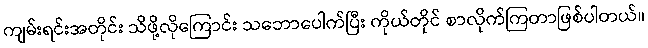
ကျမ်းရင်းအတိုင်း သိဖို့လိုကြောင်း သဘောပေါက်ပြီး ကိုယ်တိုင် စာလိုက်ကြတာဖြစ်ပါတယ်။